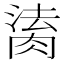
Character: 𦝎